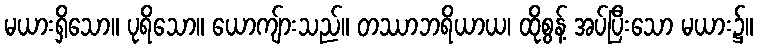
မယားရှိသော။ ပုရိသော။ ယောကျ်ားသည်။ တဿာဘရိယာယ၊ ထိုစွန့် အပ်ပြီးသော မယား၌။